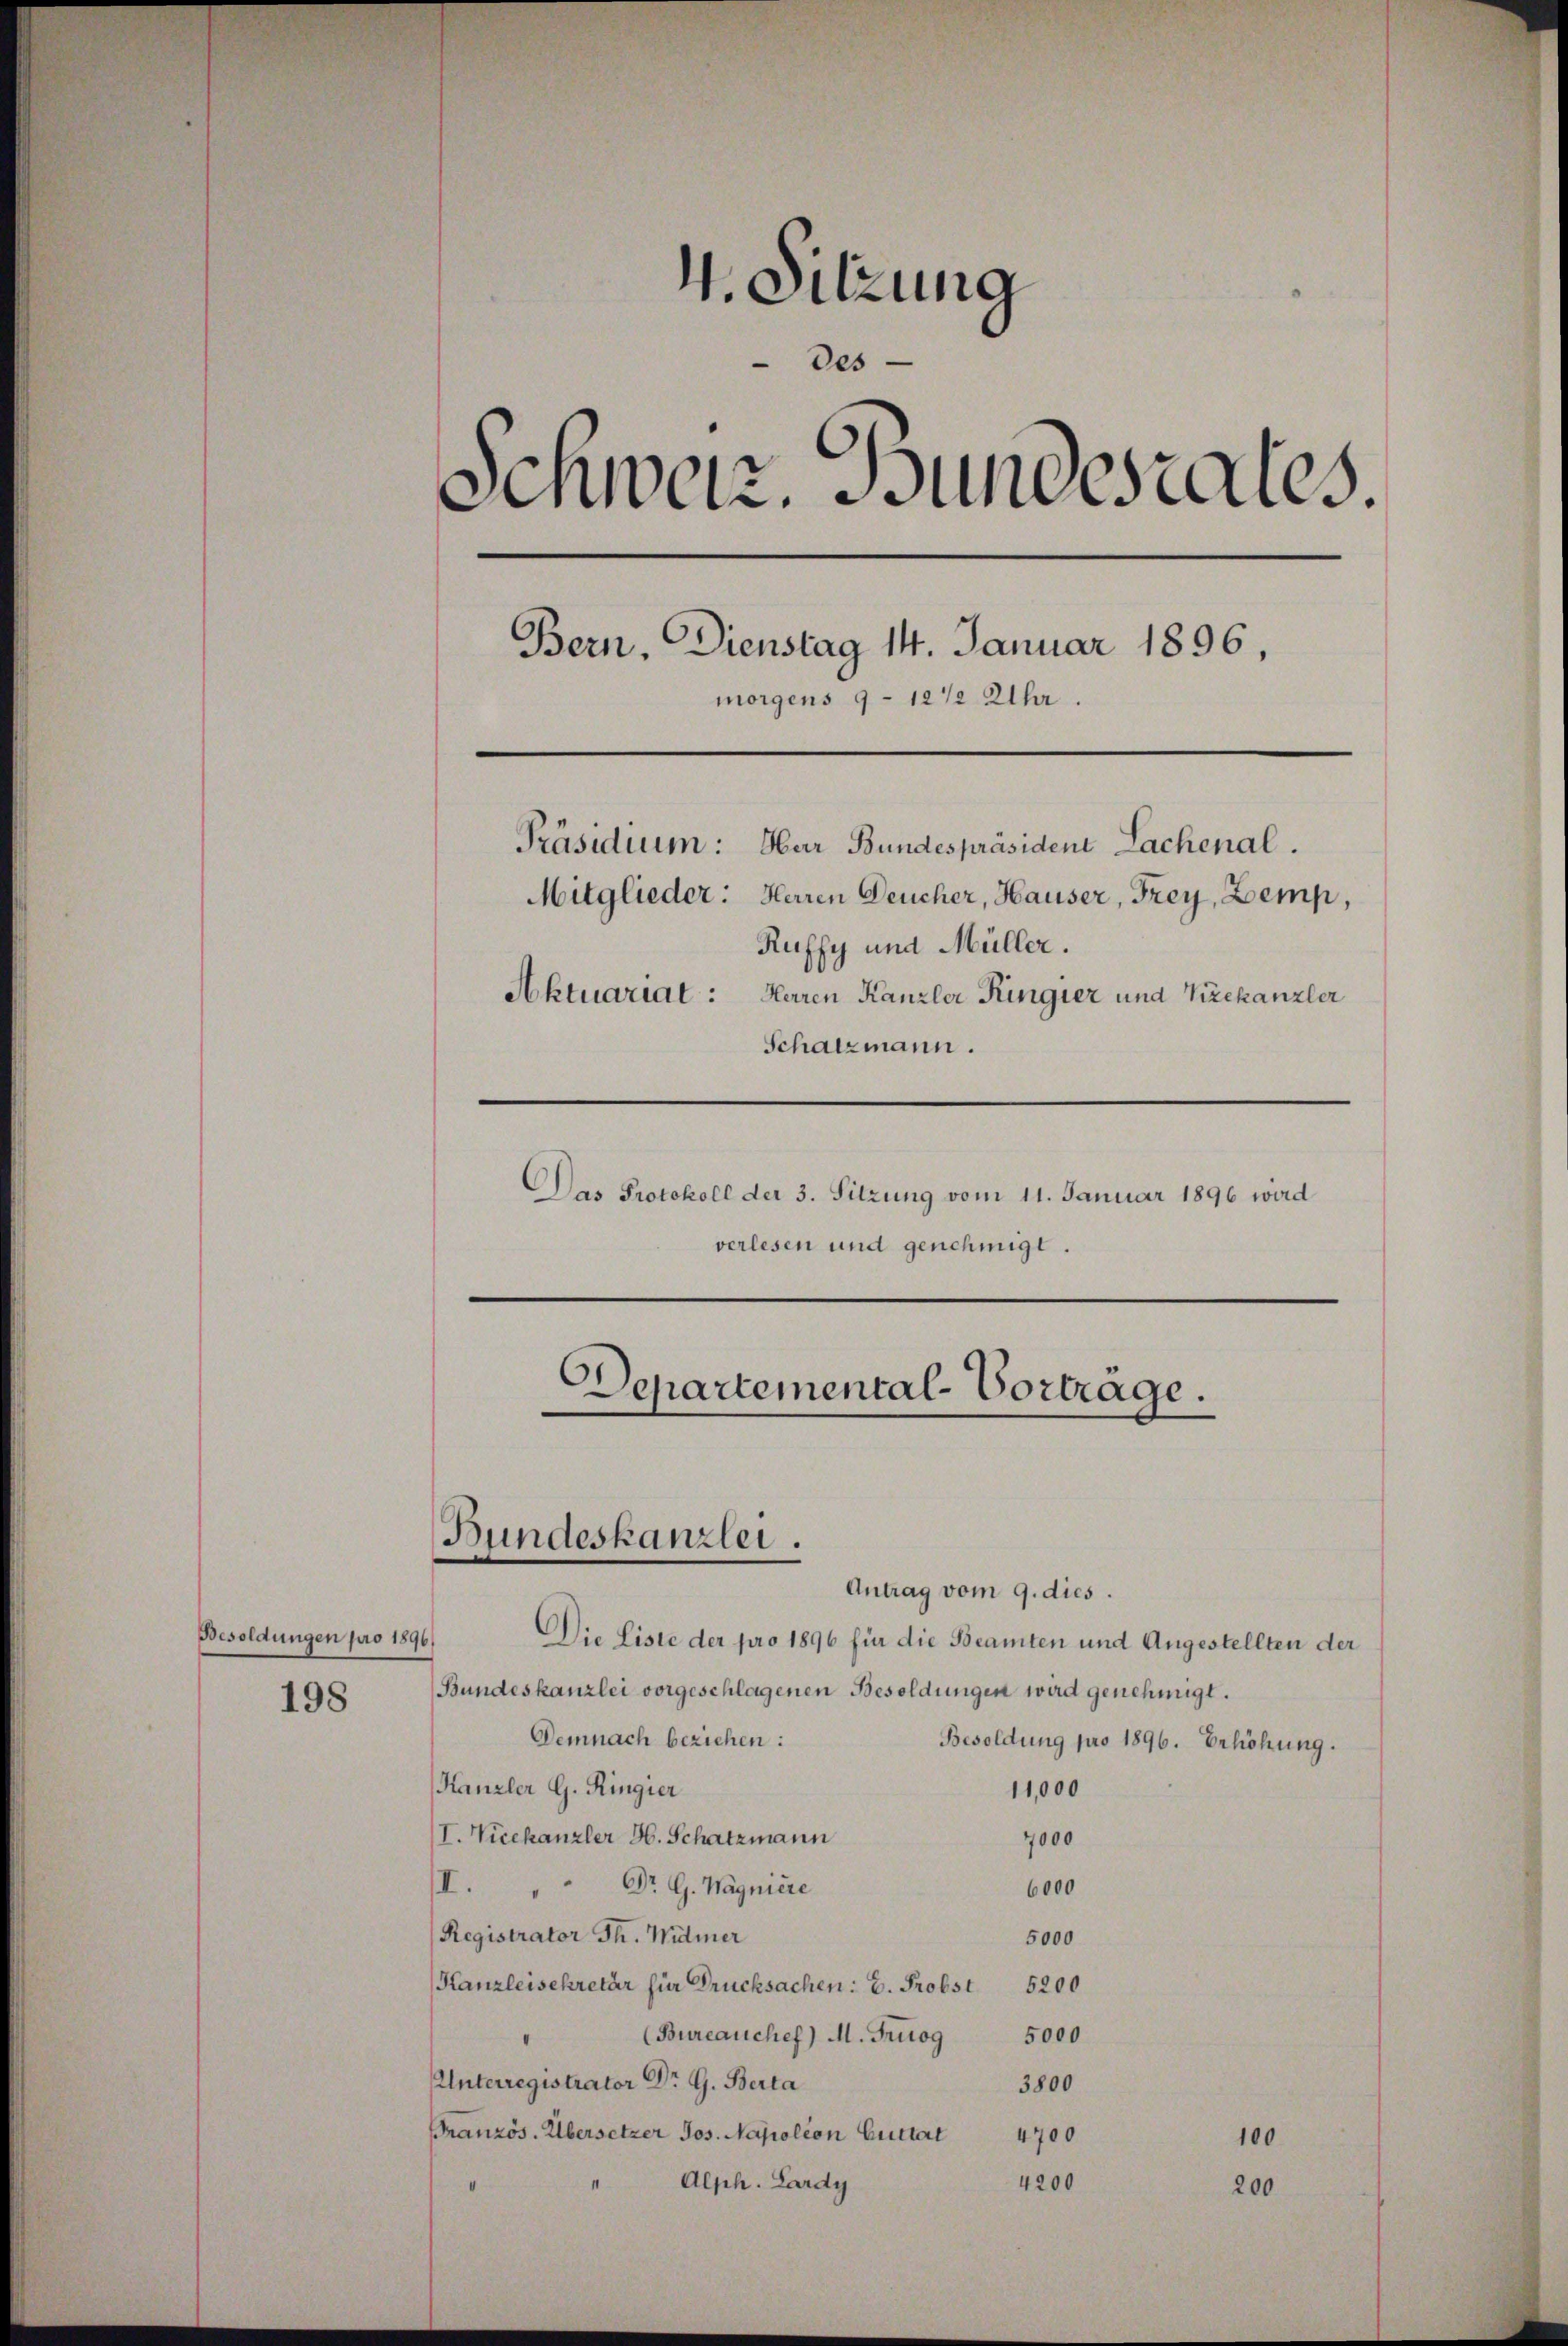
Besoldungen pro 1896)

198

. Sitzung
des
Schweiz. Jundesrates.
Bern. Dienstag 14. Januar 1896,
morgens 9–12 1/2 Uhr.
Präsidium: Har Bundespräsident Lachenal.
Mitglieder: Herren Deucher, Hauser, Frey, Zemp,
Ruffy und Müller.
Aktuariat: Herren Kanzler Ringier und Vizekanzler
Schatzmann.
Das Protokoll der 3. Sitzung vom 11. Januar 1896 wird
verlesen und genehmigt.
Departemental-Vortrage.

Bundeskanzlei.

Antrag vom 9. dies.
Die Liste der pro 1896 für die Beamten und Angestellten der
Bundeskanzlei vorgeschlagenen Besoldungen wird genehmigt.
Demnach beziehen:
Besoldung pro 1896. Erhöhung.
Kanzler G. Ringier
11,000
I. Vicekanzler H. Schatzmann
7000
I. " " Dr. G. Wagniere
6000
Registrator Th. Widmer
5000
Kanzleisekretär für Drucksachen: C. Probst 5200
(Bureauches) M. Triog
5000
Unterregistrator Dr G. Berta
3800
Französ. Übersetzer Jos. Napoléon Guttert 4700
100
Alph. Lardy
4200
200